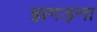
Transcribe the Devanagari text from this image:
झगड़ना